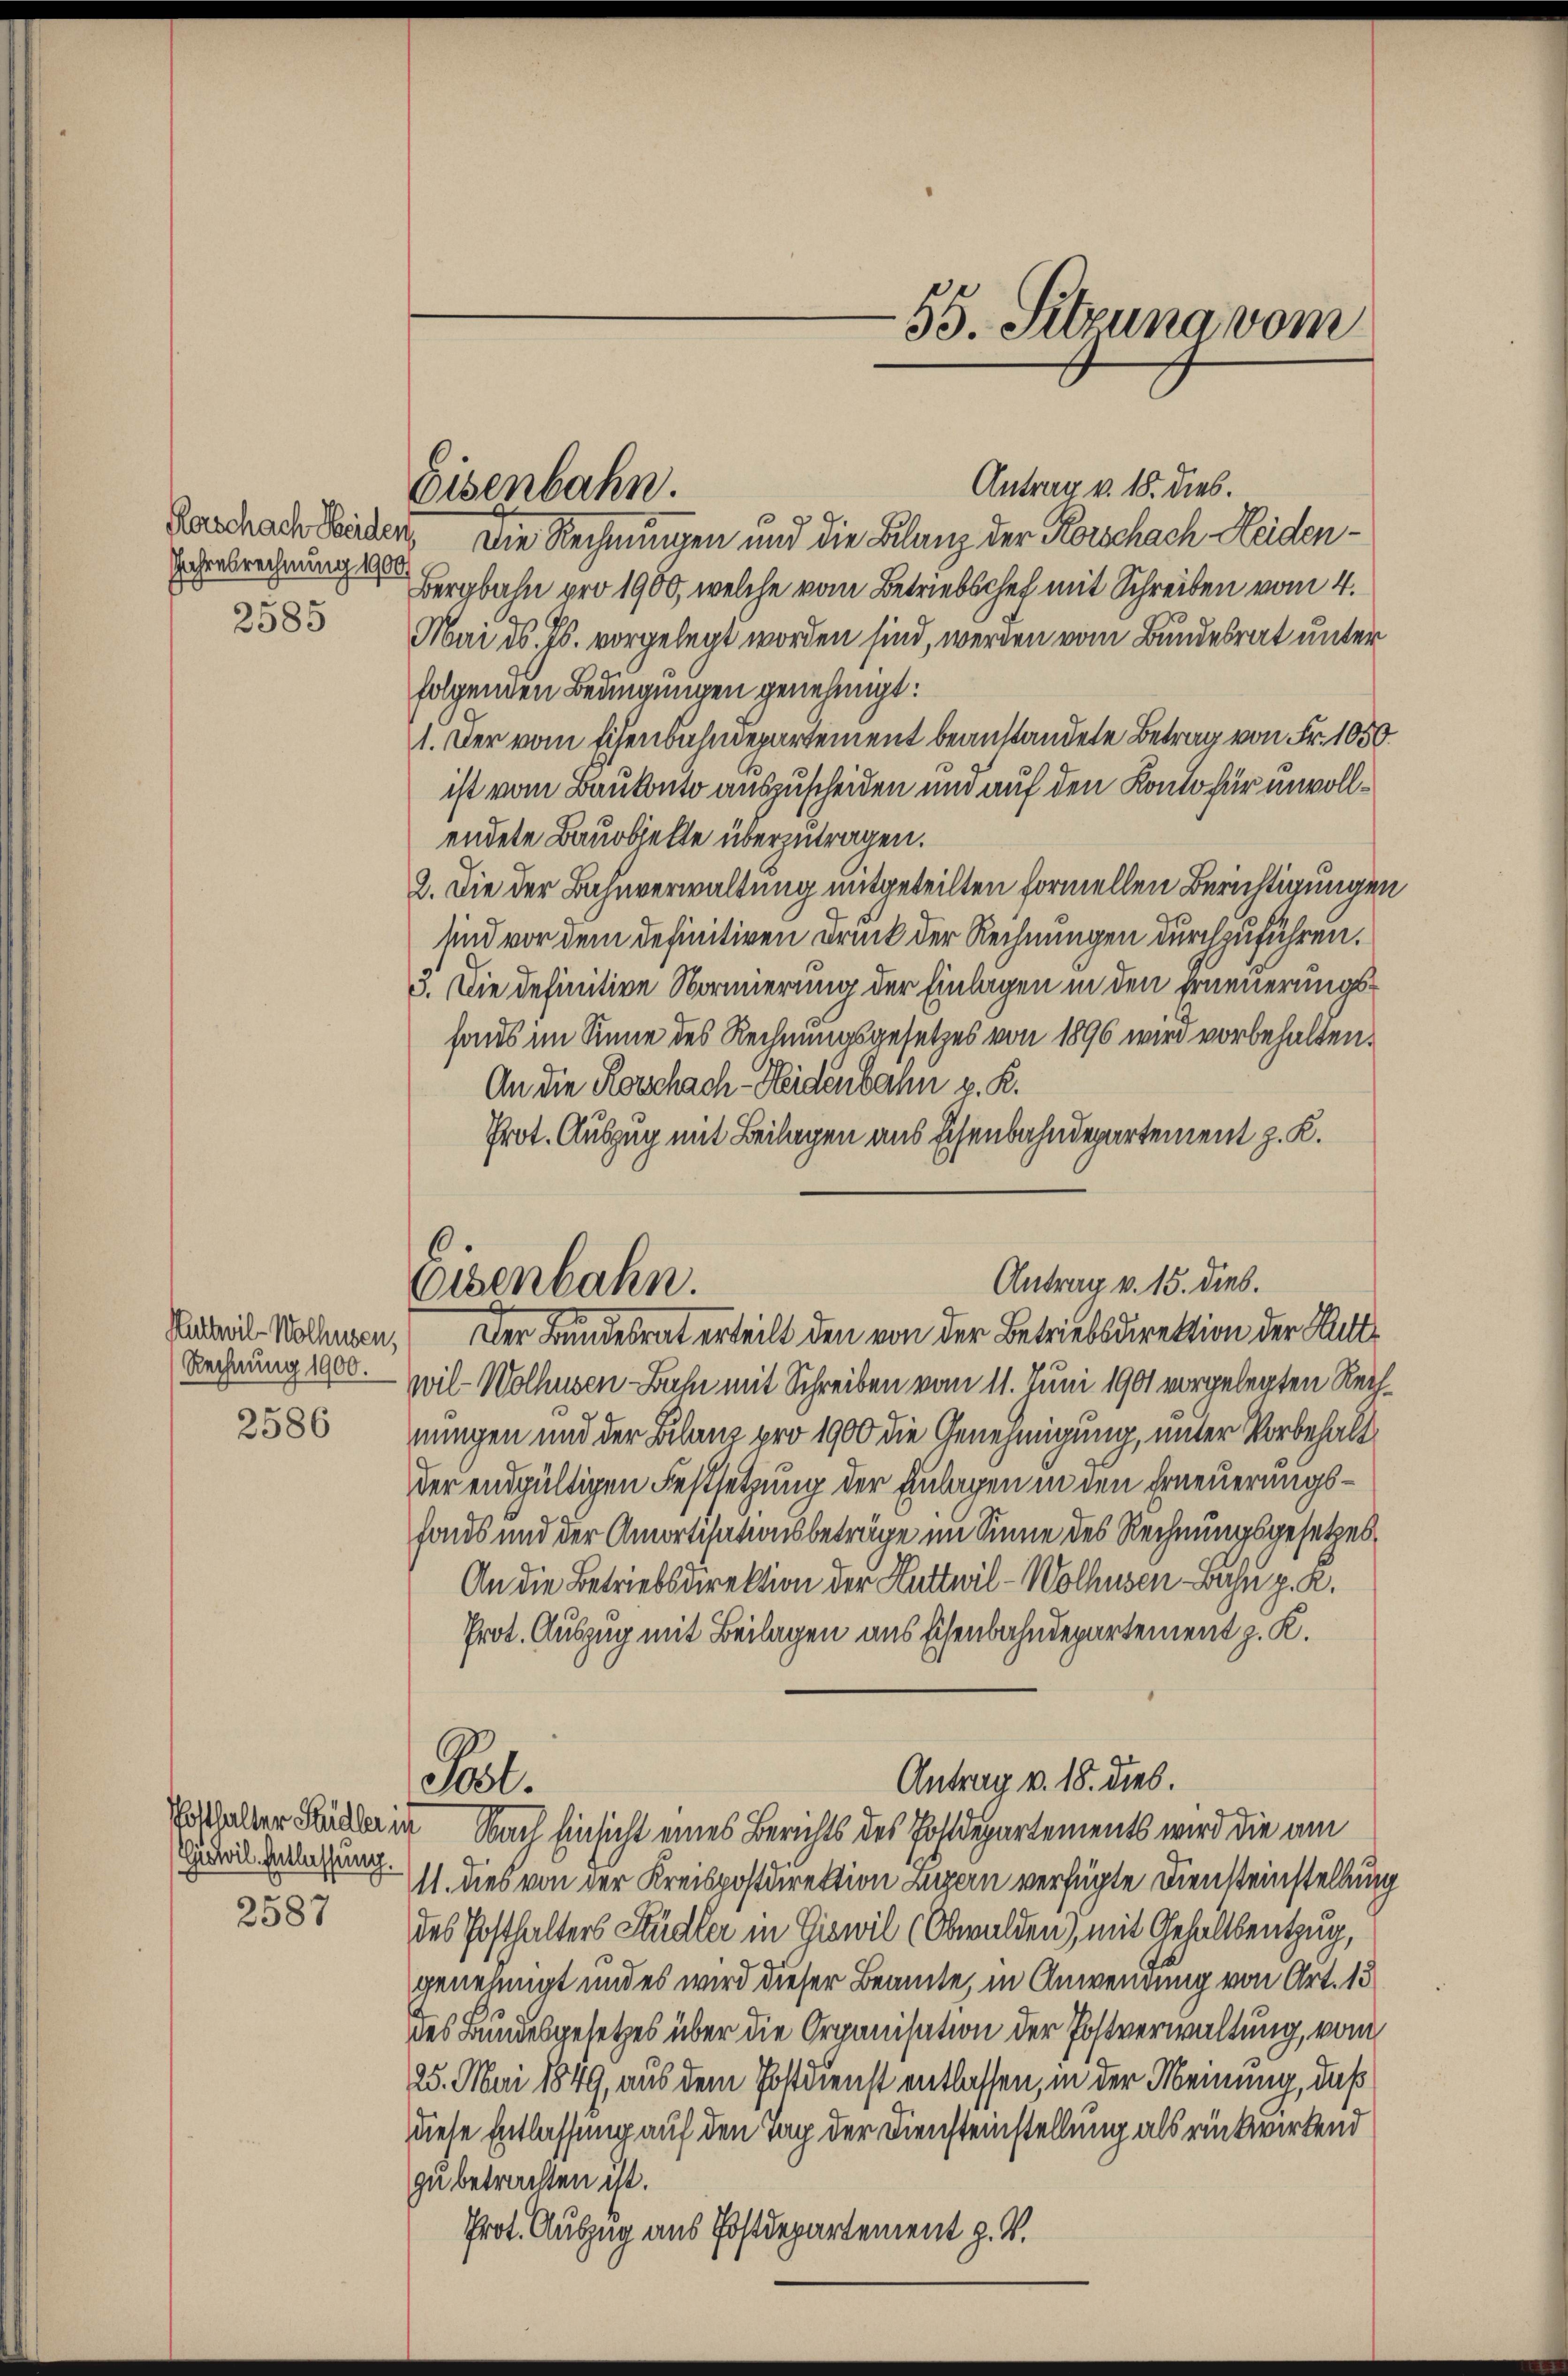
Jahresrechnung 1900.
2585

Rechnung 1900.

2586

Giswil. Entlassung.

2587

Eisenbahn.

Antrag v. 18. dies.
Beschrade beiden. Die Rechnungen und die Bilanz der Korschach Heiden¬
Bergbahn pro 1900, welche vom Betriebschef mit Schreiben vom 4.
Mai d. Js. vorgelegt worden sind, werden vom Bundesrat unter
folgenden Bedingungen genehmigt:
1. Der vom Eisenbahndepartement beanstandete Betrag von Fr. 1050.
ist vom Baukonto auszuscheiden und auf den Konto für unvollendete Bauobjekte überzutragen.
2. Die der Bahnverwaltung mitgeteilten formellen Berichtigungen
sind vor dem definitiven Druck der Rechnungen durchzuführen.
3. Die definitive Normierung der Einlagen in den Erneuerungshans im Sinne des Rechnungsgesetzes von 1896 wird vorbehalten.
An die Rorschach-Heidenbahn v. R.
Prot. Auszug mit Beilagen aus Eisenbahndepartement z. K.
6

55. Sitzung vom

Antrag v. 15. Dieb.
Osenbahn.
Nanteil Nahmen, Der Bundesrat erteilt den von der Betriebsdirektion der Sitte

wil-Wolhusen Bahn mit Schreiben vom 11. Juni 1901 vorgelegten Rechnungen und der Bilanz pro 1900 die Genehmigung, unter Vorbehalt
der endgültigen Festsetzung der Einlagen in den Erneuerungshads und der Amortisationsbeträge im Sinne des Rechnungsgesetzes
An die Betriebsdirektion der Huttwil-Wolhusen Bahn p. R.
Prot. Auszug mit Beilagen aus Eisenbahndepartement z. K.
Mithalter Bälle in Nach Einsicht eines Berichts des Postdepartements wird die am
11. dies von der Kreispostdirektion Luzern verfügte Diensteinstellung
des Posthalters Kudler in Giswil (Obwalden), mit Gehaltsentzug,
genehmigt und es wird dieser Beamte, in Anwendung von Art. 13
des Bundesgesetzes über die Organisation der Postverwaltung, vom
25. Mai 1849, aus dem Postdienst entlassen, in der Meinung, daß
diese Entlassung auf den Tag der Dienstenstellung als rückwirkend
zu betrachten ist.
Prot. Auszug aus Postdepartement z. V.

Pol.

Antrag v. 18. dies.